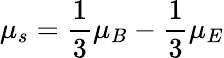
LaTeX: \mu_{s}=\frac{1}{3}\mu_{B}-\frac{1}{3}\mu_{E}